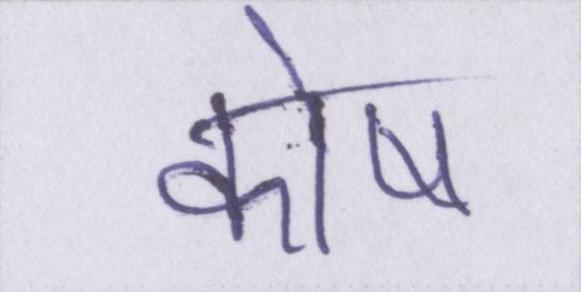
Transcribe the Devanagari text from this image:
कोष